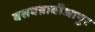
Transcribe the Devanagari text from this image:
बसवन्नाबीजापुर